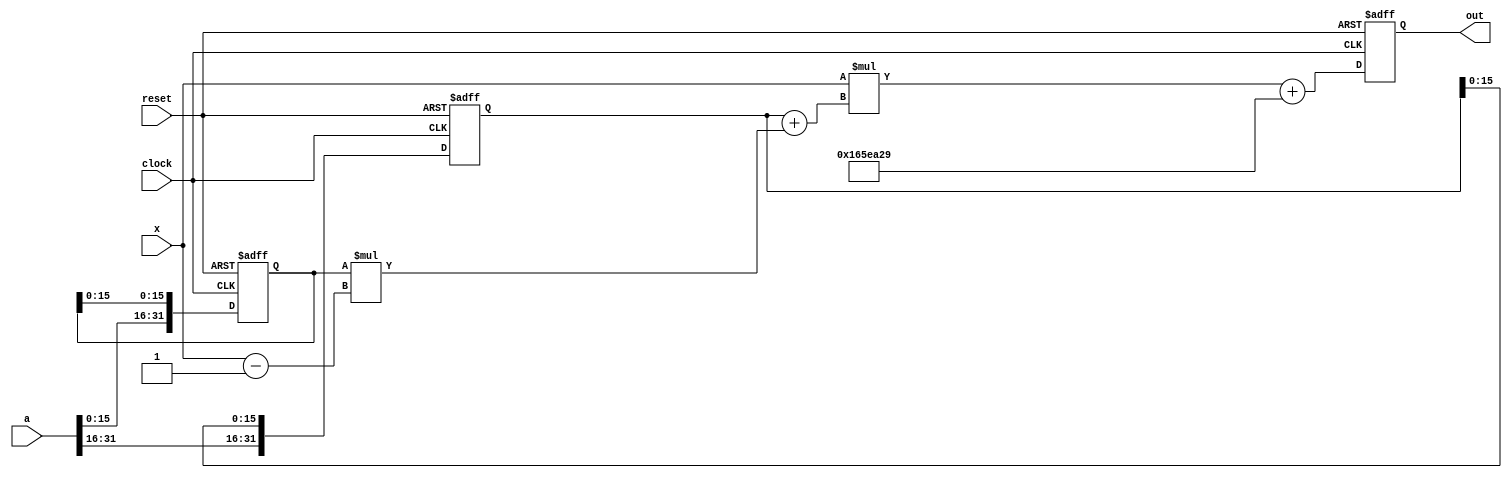
// Generated by MyHDL 0.10


`timescale 1ns/10ps

module C (
    out,
    x,
    a,
    clock,
    reset
);


output [31:0] out;
reg [31:0] out;
input [31:0] x;
input [31:0] a;
input clock;
input reset;

wire [31:0] e_0;
reg [31:0] e_1;
reg [31:0] e_2;

assign e_0 = 32'd23456297;


always @(posedge clock, negedge reset) begin: C_S
    if (reset == 0) begin
        e_2 <= 56456;
        e_1 <= 43017;
        out <= 0;
    end
    else begin
        e_1[32-1:16] <= a[32-1:16];
        e_2[32-1:16] <= a[16-1:0];
        out <= (($signed({1'b0, x}) * ($signed({1'b0, e_1}) + ($signed({1'b0, e_2}) * ($signed({1'b0, x}) - 32'h1)))) + e_0);
    end
end

endmodule